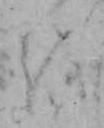
を